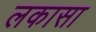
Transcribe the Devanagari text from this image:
लकासा